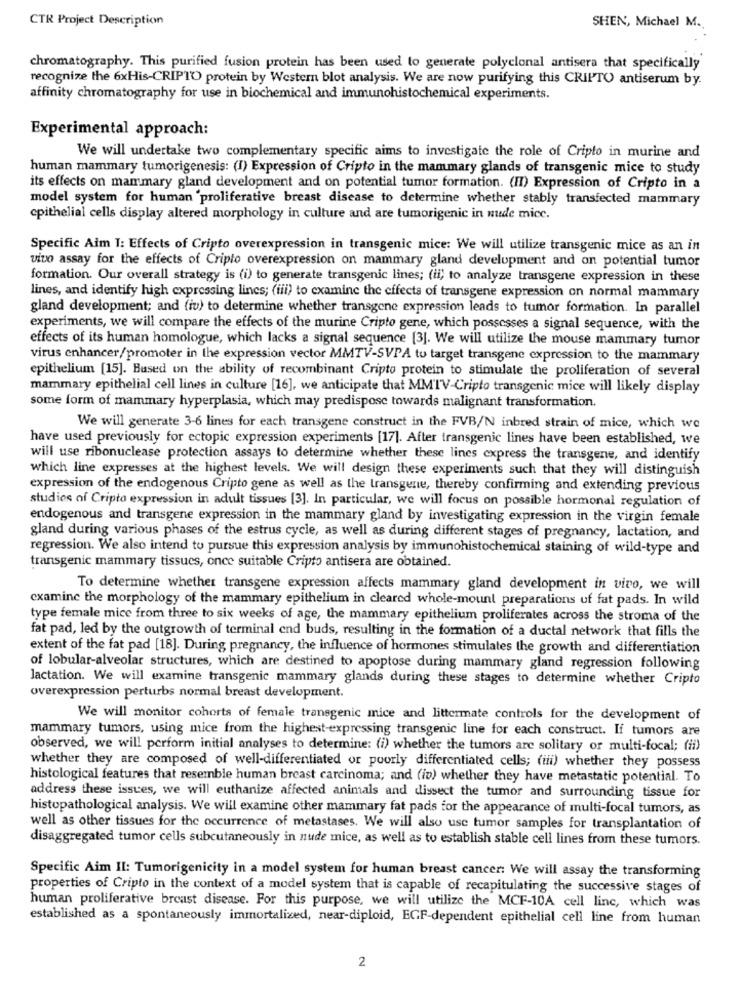
CTR Project Description
SHEN, Michael M.
chromatography. This purified fusion protein has been used to generate polyclonal antisera that specifically
recognize the 6xHis-CRIPTO protein by Western blot analysis. We are now purifying this CRIPTO antiserum by.
affinity chromatography for use in biochemical and immunohistochemical experiments.
Experimental approach:
We will undertake two complementary specific aims to investigate the role of Cripto in murine and
human mammary tumorigenesis: (I) Expression of Cripto in the mammary glands of transgenic mice to study
its effects on mammary gland development and on potential tumor formation. (II) Expression of Cripto in a
model system for human 'proliferative breast disease to determine whether stably transfected mammary
epithelial cells display altered morphology in culture and are tumorigenic in nede mice.
Specific Aim I: Effects of Cripto overexpression in transgenic mice: We will utilize transgenic mice as an in
vivo assay for the effects of Cripto overexpression on mammary gland development and on potential tumor
formation. Our overall strategy is (i) to generate transgenic lines; (ii, to analyze transgene expression in these
lines, and identify high expressing lines; (iii) to examine the effects of transgene expression on normal mammary
gland development; and (iv) to determine whether transgene expression leads to tumor formation. In parallel
experiments, we will compare the effects of the murine Cripto gene, which possesses a signal sequence, with the
effects of its human homologue, which lacks a signal sequence [3]. We will utilize the mouse mammary tumor
virus enhancer/promoter in the expression vector MMTV-SVPA to target transgene expression to the mammary
epithelium [15]. Based on the ability of recombinant Cripto protein to stimulate the proliferation of several
mammary epithelial cell lines in culture [16], we anticipate that MMTV-Cripto transgenic mice will likely display
some form of mammary hyperplasia, which may predispose towards malignant transformation.
We will generate 3-6 lines for each transgene construct in the FVB/N inbred strain of mice, which we
have used previously for ectopic expression experiments [17]. After transgenic lines have been established, we
will use ribonuclease protection assays to determine whether these lines express the transgene, and identify
which line expresses at the highest levels. We will design these experiments such that they will distinguish
expression of the endogenous Cripto gene as well as the transgene, thereby confirming and extending previous
studies of Cripto expression in adult tissues [3]. In particular, we will focus on possible hormonal regulation of
endogenous and transgene expression in the mammary gland by investigating expression in the virgin female
gland during various phases of the estrus cycle, as well as during different stages of pregnancy, lactation, and
regression. We also intend to pursue this expression analysis by immunohistochemical staining of wild-type and
transgenic mammary tissues, once suitable Cripto antisera are obtained.
To determine whether transgene expression affects mammary gland development in vivo, we will
examine the morphology of the mammary epithelium in cleared whole-mount preparations uf fat pads. In wild
type female mice from three to six weeks of age, the mammary epithelium proliferates across the stroma of the
fat pad, led by the outgrowth of terminal end buds, resulting in the formation of a ductal network that fills the
extent of the fat pad [18]. During pregnancy, the influence of hormones stimulates the growth and differentiation
of lobular-alveolar structures, which are destined to apoptose during mammary gland regression following
lactation. We will examine transgenic mammary glands during these stages to determine whether Cripto
overexpression perturbs normal breast development.
We will monitor cohorts of female transgenic mice and littermate controls for the development of
mammary tumors, using mice from the highest-expressing transgenic line for each construct. If tumors are
observed, we will perform initial analyses to determine: (i) whether the tumors arc solitary or multi-focal; (ii)
whether they are composed of well-differentiated or poorly differentiated cells; (iii) whether they possess
histological features that resemble human breast carcinoma; and (iv) whether they have metastatic potential. To
address these issues, we will euthanize affected animals and dissect the tumor and surrounding tissue for
histopathological analysis. We will examine other mammary fat pads for the appearance of multi-focal tumors, as
well as other tissues for the occurrence of metastases. We will also use tumor samples for transplantation of
disaggregated tumor cells subcutaneously in nude mice, as well as to establish stable cell lines from these tumors.
Specific Aim II: Tumorigenicity in a model system for human breast cancer: We will assay the transforming
properties of Cripto in the context of a model system that is capable of recapitulating the successive stages of
human proliferative breast disease. For this purpose, we will utilize the MCF-10A cell linc, which was
established as a spontaneously immortalized, near-diploid, EGF-dependent epithelial cell line from human
2